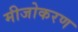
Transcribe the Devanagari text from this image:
मीजोकरण